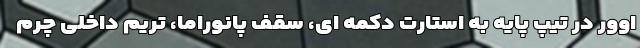
اوور در تیپ پایه به استارت دکمه ای، سقف پانوراما، تریم داخلی چرم